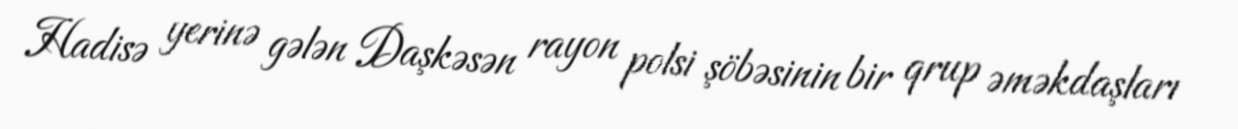
Hadisə yerinə gələn Daşkəsən rayon polsi şöbəsinin bir qrup əməkdaşları